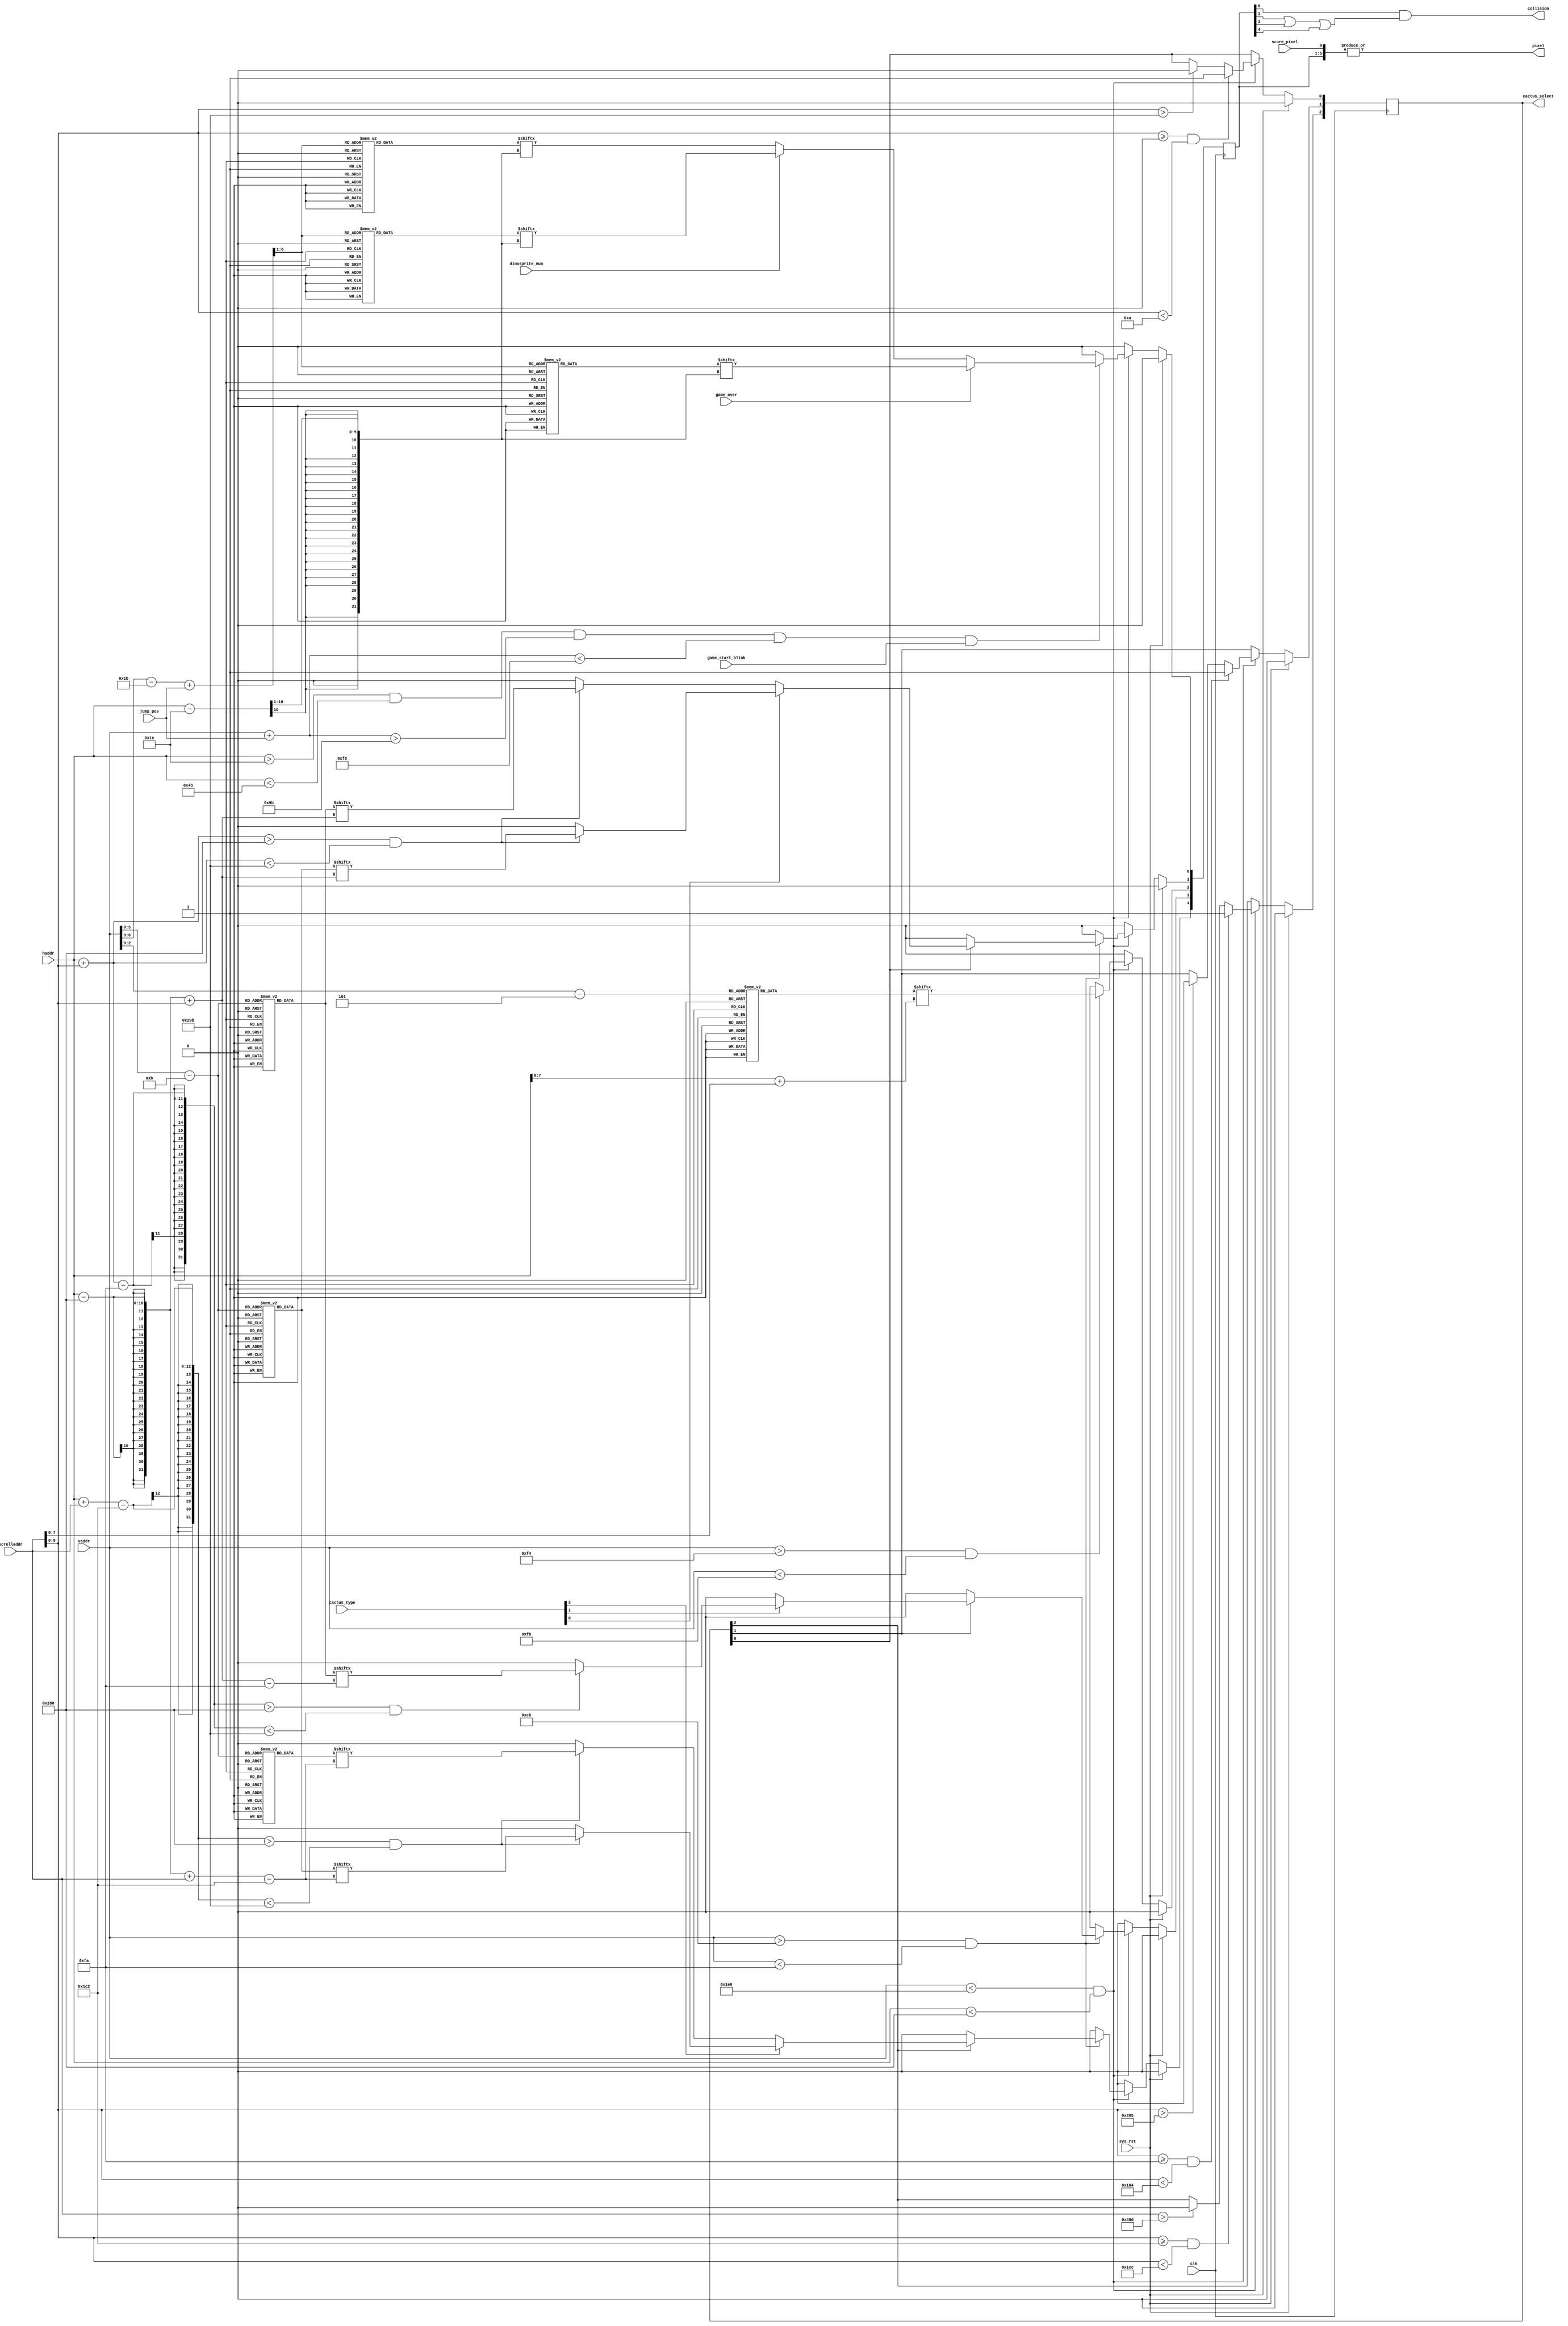
//SPDX-FileCopyrightText: 2021 Ethan Polcyn & Anish Singhani
//
// Licensed under the Apache License, Version 2.0 (the "License");
// you may not use this file except in compliance with the License.
// You may obtain a copy of the License at
//
//      http://www.apache.org/licenses/LICENSE-2.0
//
// Unless required by applicable law or agreed to in writing, software
// distributed under the License is distributed on an "AS IS" BASIS,
// WITHOUT WARRANTIES OR CONDITIONS OF ANY KIND, either express or implied.
// See the License for the specific language governing permissions and
// limitations under the License.
// SPDX-License-Identifier: Apache-2.0
`default_nettype none

// Calculate X-position for cactus and floor
module rendering (
    output wire pixel,
    output wire collision,
    output reg [2:0] cactus_select,

    input wire game_over,
    input wire game_start_blink,
    input wire score_pixel,
    input wire dinosprite_num,

    input wire [2:0] cactus_type,
    input wire [6:0] jump_pos,
    input wire [9:0] vaddr,
    input wire [9:0] haddr,
    input wire [10:0] scrolladdr,

    input wire clk,
    input wire sys_rst
);

// Load sprites
reg [22:0]  dinosprite1[46:0];
reg [22:0]  dinosprite2[46:0];
reg [22:0]  dinospritedead[46:0];
reg [255:0] floor[5:0];
reg [26:0]  cactussprite1[46:0];
reg [26:0]  cactussprite2[46:0];
reg [12:0]  cactussprite3[48:0];

reg [4:0] layers;

assign pixel = |{score_pixel, layers};
assign collision = layers[0] & (layers[1] | layers[3] | layers[4]);

wire [7:0] flooraddr = haddr+scrolladdr;

always @(posedge clk) begin
    if (sys_rst) begin
        layers <= 0;
        cactus_select <= 0;
    end
    else begin
        layers <= 0;

        if (vaddr < 480 && haddr < 640) begin
            if (haddr > 30 && haddr < 75 && (vaddr + jump_pos) > 155 && (vaddr + jump_pos) < 248 && game_start_blink) begin

                if (game_over) begin
                    layers[0] <= dinospritedead[(vaddr-155+jump_pos) >> 1][(haddr-30) >> 1];
                end
                else begin
                    if (dinosprite_num) begin
                        layers[0] <= dinosprite1[(vaddr-155+jump_pos) >> 1][(haddr-30) >> 1];
                    end
                    else begin
                        layers[0] <= dinosprite2[(vaddr-155+jump_pos) >> 1][(haddr-30) >> 1];
                    end
                end
            end
            if (vaddr > 244 && vaddr < 251) begin
                layers[2] <= floor[vaddr-245][flooraddr];
            end
            if (vaddr > 203 && vaddr < 250) begin
                if (cactus_select[0]) begin
                    if (cactus_type[0]) begin
                        if ((haddr + scrolladdr[9:0]) > 640 && (haddr + scrolladdr[9:0]) < 667) begin
                            layers[1] <= cactussprite1[vaddr-203][haddr-640+scrolladdr[9:0]];
                        end
                    end
                    else begin
                        if ((haddr + scrolladdr[9:0]) > 640 && (haddr + scrolladdr[9:0]) < 667) begin
                            layers[1] <= cactussprite2[vaddr-203][haddr-640+scrolladdr[9:0]];
                        end
                    end
                end
                if (cactus_select[1]) begin
                    if (cactus_type[1]) begin
                        if ((haddr + scrolladdr[9:0]-250) > 640 && (haddr + scrolladdr[9:0]-250) < 667) begin
                            layers[3] <= cactussprite2[vaddr-203][haddr-640+scrolladdr[9:0]-250];
                        end
                    end
                end
                if (cactus_select[2]) begin
                    if (cactus_type[2]) begin
                        if ((haddr + scrolladdr[10:0]-450) > 640 && (haddr + scrolladdr[10:0]-450) < 667) begin
                            layers[4] <= cactussprite1[vaddr-203][haddr-640+scrolladdr[10:0]-450];
                        end
                    end
                    else begin
                        if ((haddr + scrolladdr[10:0]-450) > 640 && (haddr + scrolladdr[10:0]-450) < 667) begin
                            layers[4] <= cactussprite3[vaddr-203][haddr-640+scrolladdr[10:0]-450];
                        end
                    end
                end
            end

            if (scrolladdr[9:0] >= 0 && scrolladdr[9:0] < 10) begin
                cactus_select[0] <= 1;
            end
            else if (scrolladdr[9:0] > 667) begin
                cactus_select[0] <= 0;
            end

            if (scrolladdr[9:0] >= 250 && scrolladdr[9:0] < 260) begin
                cactus_select[1] <= 1;
            end
            else if (scrolladdr[9:0] > 917) begin
                cactus_select[1] <= 0;
            end

            if (scrolladdr[9:0] >= 450 && scrolladdr[9:0] < 460) begin
                cactus_select[2] <= 1;
            end
            else if (scrolladdr[10:0] > 1117) begin
                cactus_select[2] <= 0;
            end

        end
    end
end

initial begin
    dinosprite1[0]  = 22'b0000000000000000000000;
    dinosprite1[1]  = 22'b0000000000000000000000;
    dinosprite1[2]  = 22'b0000000000000000000000;
    dinosprite1[3]  = 22'b0000000000000000000000;
    dinosprite1[4]  = 22'b0000000000000000000000;
    dinosprite1[5]  = 22'b0000000000000000000000;
    dinosprite1[6]  = 22'b0000000000000000000000;
    dinosprite1[7]  = 22'b0000000000000000000000;
    dinosprite1[8]  = 22'b0000000000000000000000;
    dinosprite1[9]  = 22'b0000000000000000000000;
    dinosprite1[10] = 22'b0000000000000000000000;
    dinosprite1[11] = 22'b0000000000000000000000;
    dinosprite1[12] = 22'b0000000000000000000000;
    dinosprite1[13] = 22'b0000000000000000000000;
    dinosprite1[14] = 22'b0000000000000000000000;
    dinosprite1[15] = 22'b0000000000000000000000;
    dinosprite1[16] = 22'b0000000000000000000000;
    dinosprite1[17] = 22'b0000000000000000000000;
    dinosprite1[18] = 22'b0000000000000000000000;
    dinosprite1[19] = 22'b0000000000000000000000;
    dinosprite1[20] = 22'b0000000000000000000000;
    dinosprite1[21] = 22'b0000000000000000000000;
    dinosprite1[22] = 22'b0000000000000000000000;
    dinosprite1[23] = 22'b0011111111000000000000;
    dinosprite1[24] = 22'b0111111111100000000000;
    dinosprite1[25] = 22'b0111111101100000000000;
    dinosprite1[26] = 22'b0111111111100000000000;
    dinosprite1[27] = 22'b0111111111100000000000;
    dinosprite1[28] = 22'b0111111111100000000000;
    dinosprite1[29] = 22'b0000001111100000000000;
    dinosprite1[30] = 22'b0001111111100000000000;
    dinosprite1[31] = 22'b0000000111110000000010;
    dinosprite1[32] = 22'b0000000111111100000010;
    dinosprite1[33] = 22'b0000011111111110000110;
    dinosprite1[34] = 22'b0000010111111111001110;
    dinosprite1[35] = 22'b0000000111111111111110;
    dinosprite1[36] = 22'b0000000111111111111110;
    dinosprite1[37] = 22'b0000000011111111111100;
    dinosprite1[38] = 22'b0000000011111111111000;
    dinosprite1[39] = 22'b0000000001111111110000;
    dinosprite1[40] = 22'b0000000000111111100000;
    dinosprite1[41] = 22'b0000000000110011000000;
    dinosprite1[42] = 22'b0000000000100110000000;
    dinosprite1[43] = 22'b0000000000100000000000;
    dinosprite1[44] = 22'b0000000001100000000000;
    dinosprite1[45] = 22'b0000000000000000000000;
    dinosprite1[46] = 22'b0000000000000000000000;
end

initial begin
    dinosprite2[0]  = 22'b0000000000000000000000;
    dinosprite2[1]  = 22'b0000000000000000000000;
    dinosprite2[2]  = 22'b0000000000000000000000;
    dinosprite2[3]  = 22'b0000000000000000000000;
    dinosprite2[4]  = 22'b0000000000000000000000;
    dinosprite2[5]  = 22'b0000000000000000000000;
    dinosprite2[6]  = 22'b0000000000000000000000;
    dinosprite2[7]  = 22'b0000000000000000000000;
    dinosprite2[8]  = 22'b0000000000000000000000;
    dinosprite2[9]  = 22'b0000000000000000000000;
    dinosprite2[10] = 22'b0000000000000000000000;
    dinosprite2[11] = 22'b0000000000000000000000;
    dinosprite2[12] = 22'b0000000000000000000000;
    dinosprite2[13] = 22'b0000000000000000000000;
    dinosprite2[14] = 22'b0000000000000000000000;
    dinosprite2[15] = 22'b0000000000000000000000;
    dinosprite2[16] = 22'b0000000000000000000000;
    dinosprite2[17] = 22'b0000000000000000000000;
    dinosprite2[18] = 22'b0000000000000000000000;
    dinosprite2[19] = 22'b0000000000000000000000;
    dinosprite2[20] = 22'b0000000000000000000000;
    dinosprite2[21] = 22'b0000000000000000000000;
    dinosprite2[22] = 22'b0000000000000000000000;
    dinosprite2[23] = 22'b0011111111000000000000;
    dinosprite2[24] = 22'b0111111111100000000000;
    dinosprite2[25] = 22'b0111111101100000000000;
    dinosprite2[26] = 22'b0111111111100000000000;
    dinosprite2[27] = 22'b0111111111100000000000;
    dinosprite2[28] = 22'b0111111111100000000000;
    dinosprite2[29] = 22'b0000001111100000000000;
    dinosprite2[30] = 22'b0001111111100000000000;
    dinosprite2[31] = 22'b0000000111110000000010;
    dinosprite2[32] = 22'b0000000111111100000010;
    dinosprite2[33] = 22'b0000011111111110000110;
    dinosprite2[34] = 22'b0000010111111111001110;
    dinosprite2[35] = 22'b0000000111111111111110;
    dinosprite2[36] = 22'b0000000111111111111110;
    dinosprite2[37] = 22'b0000000011111111111100;
    dinosprite2[38] = 22'b0000000011111111111000;
    dinosprite2[39] = 22'b0000000001111111110000;
    dinosprite2[40] = 22'b0000000000111111100000;
    dinosprite2[41] = 22'b0000000001100111000000;
    dinosprite2[42] = 22'b0000000000000011000000;
    dinosprite2[43] = 22'b0000000000000011000000;
    dinosprite2[44] = 22'b0000000000000011000000;
    dinosprite2[45] = 22'b0000000000000000000000;
    dinosprite2[46] = 22'b0000000000000000000000;
end

initial begin
    dinospritedead[0]  = 22'b0000000000000000000000;
    dinospritedead[1]  = 22'b0000000000000000000000;
    dinospritedead[2]  = 22'b0000000000000000000000;
    dinospritedead[3]  = 22'b0000000000000000000000;
    dinospritedead[4]  = 22'b0000000000000000000000;
    dinospritedead[5]  = 22'b0000000000000000000000;
    dinospritedead[6]  = 22'b0000000000000000000000;
    dinospritedead[7]  = 22'b0000000000000000000000;
    dinospritedead[8]  = 22'b0000000000000000000000;
    dinospritedead[9]  = 22'b0000000000000000000000;
    dinospritedead[10] = 22'b0000000000000000000000;
    dinospritedead[11] = 22'b0000000000000000000000;
    dinospritedead[12] = 22'b0000000000000000000000;
    dinospritedead[13] = 22'b0000000000000000000000;
    dinospritedead[14] = 22'b0000000000000000000000;
    dinospritedead[15] = 22'b0000000000000000000000;
    dinospritedead[16] = 22'b0000000000000000000000;
    dinospritedead[17] = 22'b0000000000000000000000;
    dinospritedead[18] = 22'b0000000000000000000000;
    dinospritedead[19] = 22'b0000000000000000000000;
    dinospritedead[20] = 22'b0000000000000000000000;
    dinospritedead[21] = 22'b0000000000000000000000;
    dinospritedead[22] = 22'b0000000000000000000000;
    dinospritedead[23] = 22'b0011111111000000000000;
    dinospritedead[24] = 22'b0111111111100000000000;
    dinospritedead[25] = 22'b0111111101100000000000;
    dinospritedead[26] = 22'b0111111111100000000000;
    dinospritedead[27] = 22'b0111111111100000000000;
    dinospritedead[28] = 22'b0111111111100000000000;
    dinospritedead[29] = 22'b0111111111100000000000;
    dinospritedead[30] = 22'b0001111111100000000000;
    dinospritedead[31] = 22'b0000000111110000000010;
    dinospritedead[32] = 22'b0000000111111100000010;
    dinospritedead[33] = 22'b0000011111111110000110;
    dinospritedead[34] = 22'b0000010111111111001110;
    dinospritedead[35] = 22'b0000000111111111111110;
    dinospritedead[36] = 22'b0000000111111111111110;
    dinospritedead[37] = 22'b0000000011111111111100;
    dinospritedead[38] = 22'b0000000011111111111000;
    dinospritedead[39] = 22'b0000000001111111110000;
    dinospritedead[40] = 22'b0000000000111111100000;
    dinospritedead[41] = 22'b0000000000110111000000;
    dinospritedead[42] = 22'b0000000000100011000000;
    dinospritedead[43] = 22'b0000000000100001000000;
    dinospritedead[44] = 22'b0000000001100011000000;
    dinospritedead[45] = 22'b0000000000000000000000;
    dinospritedead[46] = 22'b0000000000000000000000;
end

initial begin
    cactussprite1[0]  = 26'b00000000000000000011000000;
    cactussprite1[1]  = 26'b00000000000000000011100000;
    cactussprite1[2]  = 26'b00001000000000000011100000;
    cactussprite1[3]  = 26'b00001100000000000011100000;
    cactussprite1[4]  = 26'b00001100000000000011100000;
    cactussprite1[5]  = 26'b00001100000000000011100000;
    cactussprite1[6]  = 26'b00001100000000100011100000;
    cactussprite1[7]  = 26'b00001100000000110011100000;
    cactussprite1[8]  = 26'b00001100100000110011100000;
    cactussprite1[9]  = 26'b00001100100000110011100000;
    cactussprite1[10] = 26'b00001100100000110011100000;
    cactussprite1[11] = 26'b00001100100000110011100100;
    cactussprite1[12] = 26'b00001100100000110011100110;
    cactussprite1[13] = 26'b00001100100000110011100110;
    cactussprite1[14] = 26'b00001100100000110011100110;
    cactussprite1[15] = 26'b00001100100000110011100110;
    cactussprite1[16] = 26'b01001100100000110011100110;
    cactussprite1[17] = 26'b01001111100000110011100110;
    cactussprite1[18] = 26'b01001111000000110011100110;
    cactussprite1[19] = 26'b01001111000000110011100110;
    cactussprite1[20] = 26'b01001100001000111111100110;
    cactussprite1[21] = 26'b01001100001000111111100110;
    cactussprite1[22] = 26'b01001100001000111111100110;
    cactussprite1[23] = 26'b01001100001000011111100110;
    cactussprite1[24] = 26'b01001100001000011111100110;
    cactussprite1[25] = 26'b01001100101001000011100110;
    cactussprite1[26] = 26'b01001100101001000011100100;
    cactussprite1[27] = 26'b01001100101001000011111100;
    cactussprite1[28] = 26'b01001100101001000011111000;
    cactussprite1[29] = 26'b01111100101001000011111000;
    cactussprite1[30] = 26'b01111100101001000011100000;
    cactussprite1[31] = 26'b00111100101001000011100000;
    cactussprite1[32] = 26'b00111100101001000011100000;
    cactussprite1[33] = 26'b00001100101001000011100000;
    cactussprite1[34] = 26'b00001100111110000011100000;
    cactussprite1[35] = 26'b00001100011110000011100000;
    cactussprite1[36] = 26'b00001100011000000011100000;
    cactussprite1[37] = 26'b00001100001000000011100000;
    cactussprite1[38] = 26'b00001100001000000011100000;
    cactussprite1[39] = 26'b00001100001000000011100000;
    cactussprite1[40] = 26'b00001100001000000011100000;
    cactussprite1[41] = 26'b00001100001000000011100000;
    cactussprite1[42] = 26'b00001100001000000011100000;
    cactussprite1[43] = 26'b00001100001000000011100000;
    cactussprite1[44] = 26'b00001100001000000011100000;
    cactussprite1[45] = 26'b00001100001000000011100000;
    cactussprite1[46] = 26'b00001100001000000111100000;
end

initial begin
    cactussprite2[0]  = 13'b0000000000000;
    cactussprite2[1]  = 13'b0000001000000;
    cactussprite2[2]  = 13'b0000011100000;
    cactussprite2[3]  = 13'b0000011100000;
    cactussprite2[4]  = 13'b0000011100000;
    cactussprite2[5]  = 13'b0000011100000;
    cactussprite2[6]  = 13'b0100011100000;
    cactussprite2[7]  = 13'b0110011100000;
    cactussprite2[8]  = 13'b0110011100000;
    cactussprite2[9]  = 13'b0110011100000;
    cactussprite2[10] = 13'b0110011100000;
    cactussprite2[11] = 13'b0110011100100;
    cactussprite2[12] = 13'b0110011100110;
    cactussprite2[13] = 13'b0110011100110;
    cactussprite2[14] = 13'b0110011100110;
    cactussprite2[15] = 13'b0110011100110;
    cactussprite2[16] = 13'b0110011100110;
    cactussprite2[17] = 13'b0110011100110;
    cactussprite2[18] = 13'b0110011100110;
    cactussprite2[19] = 13'b0110011100110;
    cactussprite2[20] = 13'b0110011100110;
    cactussprite2[21] = 13'b0111111100110;
    cactussprite2[22] = 13'b0111111100110;
    cactussprite2[23] = 13'b0011111100110;
    cactussprite2[24] = 13'b0011111100110;
    cactussprite2[25] = 13'b0001111100110;
    cactussprite2[26] = 13'b0000011100110;
    cactussprite2[27] = 13'b0000011111100;
    cactussprite2[28] = 13'b0000011111100;
    cactussprite2[29] = 13'b0000011111000;
    cactussprite2[30] = 13'b0000011111000;
    cactussprite2[31] = 13'b0000011100000;
    cactussprite2[32] = 13'b0000011100000;
    cactussprite2[33] = 13'b0000011100000;
    cactussprite2[34] = 13'b0000011100000;
    cactussprite2[35] = 13'b0000011100000;
    cactussprite2[36] = 13'b0000011100000;
    cactussprite2[37] = 13'b0000011100000;
    cactussprite2[38] = 13'b0000011100000;
    cactussprite2[39] = 13'b0000011100000;
    cactussprite2[40] = 13'b0000011100000;
    cactussprite2[41] = 13'b0000011100000;
    cactussprite2[42] = 13'b0000011100000;
    cactussprite2[43] = 13'b0000011100000;
    cactussprite2[44] = 13'b0000011100000;
    cactussprite2[45] = 13'b0000011100000;
    cactussprite2[46] = 13'b0000111100000;
end

initial begin
    cactussprite3[0]  = 13'b0000000000000;
    cactussprite3[1]  = 13'b0000001100000;
    cactussprite3[2]  = 13'b0000011100000;
    cactussprite3[3]  = 13'b0000011100000;
    cactussprite3[4]  = 13'b0000011100000;
    cactussprite3[5]  = 13'b0000011100000;
    cactussprite3[6]  = 13'b0000011100000;
    cactussprite3[7]  = 13'b0000011100000;
    cactussprite3[8]  = 13'b0000011100000;
    cactussprite3[9]  = 13'b0000011100000;
    cactussprite3[10] = 13'b0000011100000;
    cactussprite3[11] = 13'b0000011100110;
    cactussprite3[12] = 13'b0000011100110;
    cactussprite3[13] = 13'b0110011100110;
    cactussprite3[14] = 13'b0110011100110;
    cactussprite3[15] = 13'b0110011100110;
    cactussprite3[16] = 13'b0110011100110;
    cactussprite3[17] = 13'b0110011100110;
    cactussprite3[18] = 13'b0110011100110;
    cactussprite3[19] = 13'b0110011100110;
    cactussprite3[20] = 13'b0110011100110;
    cactussprite3[21] = 13'b0110011100110;
    cactussprite3[22] = 13'b0110011100110;
    cactussprite3[23] = 13'b0110011100110;
    cactussprite3[24] = 13'b0110011100110;
    cactussprite3[25] = 13'b0110011100110;
    cactussprite3[26] = 13'b0110011100110;
    cactussprite3[27] = 13'b0111111111110;
    cactussprite3[28] = 13'b0111111111100;
    cactussprite3[29] = 13'b0111111111100;
    cactussprite3[30] = 13'b0011111111000;
    cactussprite3[31] = 13'b0011111100000;
    cactussprite3[32] = 13'b0000011100000;
    cactussprite3[33] = 13'b0000011100000;
    cactussprite3[34] = 13'b0000011100000;
    cactussprite3[35] = 13'b0000011100000;
    cactussprite3[36] = 13'b0000011100000;
    cactussprite3[37] = 13'b0000011100000;
    cactussprite3[38] = 13'b0000011100000;
    cactussprite3[39] = 13'b0000011100000;
    cactussprite3[40] = 13'b0000011100000;
    cactussprite3[41] = 13'b0000011100000;
    cactussprite3[42] = 13'b0000011100000;
    cactussprite3[43] = 13'b0000011100000;
    cactussprite3[44] = 13'b0000011100000;
    cactussprite3[45] = 13'b0000011100000;
    cactussprite3[46] = 13'b0000111100000;
    cactussprite3[47] = 13'b0000000000000;
    cactussprite3[48] = 13'b0000000010000;
end

initial begin
    floor[0] = 255'b000000000000000000000000000000000000000000000000000000000000000000000000000000001110000000000000000000000000000000000000000000000000000000000000000000000000000000000000000000000000000000000000000000000000000011100000000000000000000000000000000000000000000;
    floor[1] = 255'b111111111111111111111111111111111111111111111111111111111111111111111111111111110011111000111111111111111111111111111111111111111111111111111111111111111111111111111111111111111111111111111111111111111111111100111110001111111111111111111111111111111111111;
    floor[2] = 255'b000000000000000000000000000000000000000000000000000000000000000000000000000000000000001111100000000000000000000000000000000000000000000000000000000000000000000000000000000000000000000000000000000000000000000000000011111000000000000000000000000000000000000;
    floor[3] = 255'b000000001000000000000010000000000000001101100000010000000000010000000000000000000000010000001000000000010000000000000000000000100000000010000000000000100000000000000011011000000100000000000100000000000000000000000100000010000000000100000000000000000000001;
    floor[4] = 255'b010000000000001000000000000100000000000000000000000000000000000001000010000000000100000000000010000000001000000001000100010000000100000000000010000000000001000000000000000000000000000000000000010000100000000001000000000000100000000010000000010001000100000;
    floor[5] = 255'b001100000000000000000000000001000000000000000000100100000001100000000000000000000000000000000000000000000000000000000000000000000011000000000000000000000000010000000000000000001001000000011000000000000000000000000000000000000000000000000000000000000000000;
end

endmodule